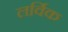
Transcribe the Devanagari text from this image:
लर्विक